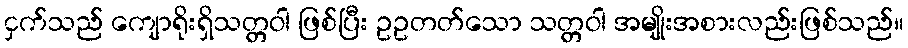
ငှက်သည် ကျောရိုးရှိသတ္တဝါ ဖြစ်ပြီး ဥဥတတ်သော သတ္တဝါ အမျိုးအစားလည်းဖြစ်သည်။